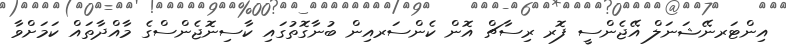
އިންޓަރނޭޝަނަލް އޭޖެންސީ ފޮރ ރިސާޗް އޮން ކެންސަރއިން ބުނާގޮތުގައި ކާސިނޮޖެންސްގެ މާއްދާތައް ކަމަށްވާ